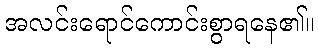
အလင်းရောင်ကောင်းစွာရနေ၏။